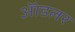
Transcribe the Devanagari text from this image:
ॲाडलर